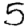
Digit: 5